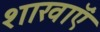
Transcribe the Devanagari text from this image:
शाखाऍं